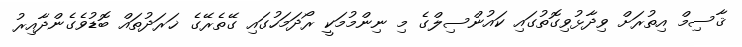
ޤާސިމް އިތުރަށް ވިދާޅުވިގޮތުގައި ކައުންސިލްގެ މި ނިންމުމަކީ ރޯދަމަހުގައި ގޭތެރޭގެ ޚަރަދުތައް ބޮޑުވެގެންދާއިރު